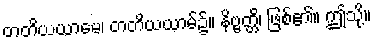
တတိယယာမေ၊ တတိယယာမ်၌။ နိဗ္ဗတ္တိ၊ ဖြစ်၏။ ဤသို့။